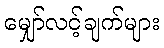
မျှော်လင့်ချက်များ